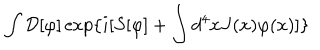
LaTeX: \int { \cal D } [ \varphi ] \exp \{ i [ S [ \varphi ] + \int d ^ { 4 } x J ( x ) \varphi ( x ) ] \}